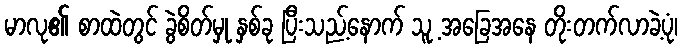
မာလု၏ စာထဲတွင် ခွဲစိတ်မှု နှစ်ခု ပြီးသည့်နောက် သူ့ အခြေအနေ တိုးတက်လာခဲ့ပုံ၊